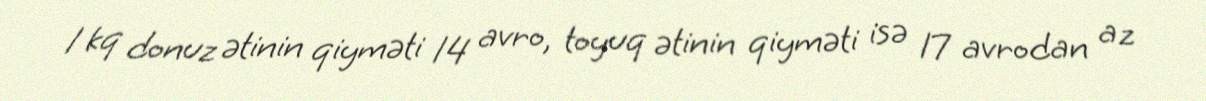
1 kq donuz ətinin qiyməti 14 avro, toyuq ətinin qiyməti isə 17 avrodan az